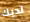
لديك